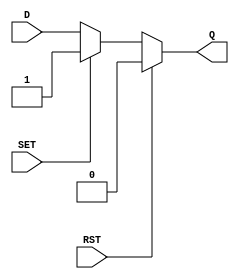
module async_register (
    input wire D,       // Data Input
    input wire SET,     // Asynchronous Set
    input wire RST,     // Asynchronous Reset
    output reg Q        // Data Output
);

    // Always block that triggers on changes to SET, RST, or D
    always @(*) begin
        if (RST) begin
            Q = 1'b0;   // If RST is high, set Q to low
        end else if (SET) begin
            Q = 1'b1;   // If SET is high, set Q to high
        end else begin
            Q = D;       // Otherwise, capture the input data
        end
    end

endmodule